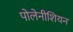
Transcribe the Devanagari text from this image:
पोलेनीशियन